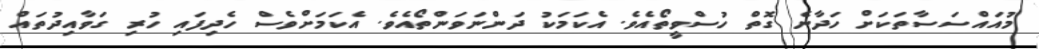
މުއައްސަސާތަކަށް ހަދާނެ ގޮތް ހުސްވީތޯއެވެ. އެކަމަކު ދަންނަވަންތޯއެވެ. އެކަމަށްވެސް ހެދިފައި ހުރި ގަވާއިދުތައް